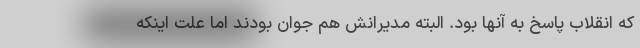
که انقلاب پاسخ به آنها بود. البته مدیرانش هم جوان بودند اما علت اینکه